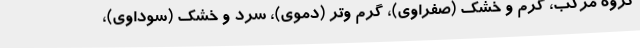
گروه مرکب، گرم و خشک (صفراوی)، گرم و‌تر (دموی)، سرد و خشک (سوداوی)،